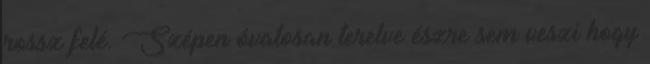
rossz felé. Szépen óvatosan terelve észre sem veszi hogy